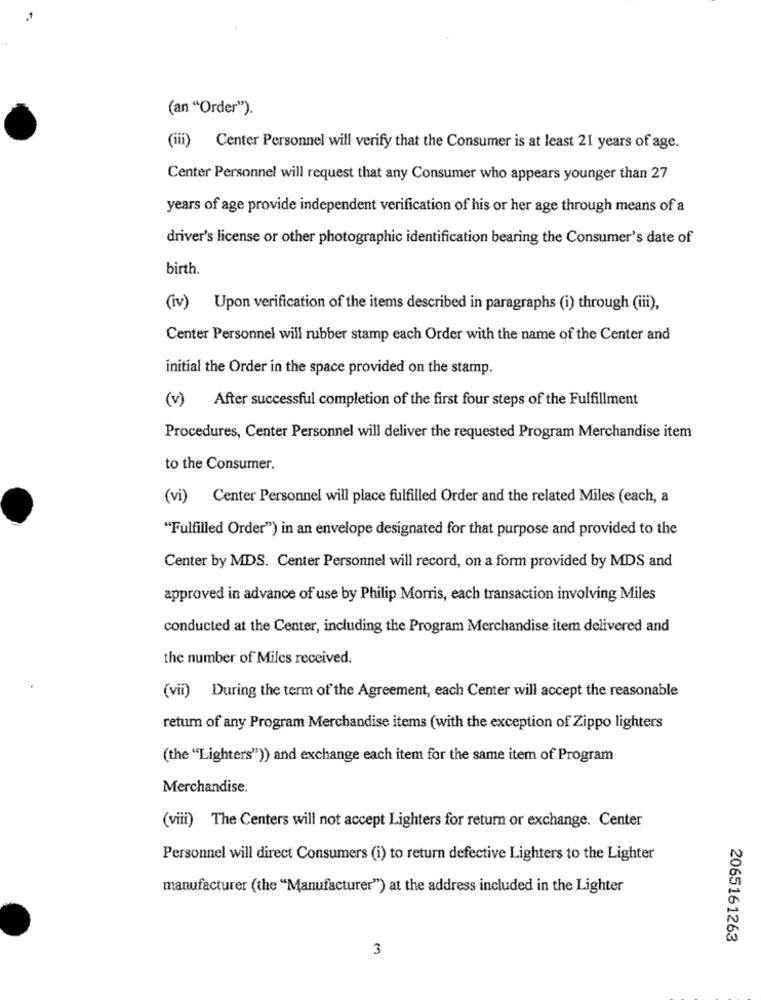
(an "Order").
(iii) Center Personnel will verify that the Consumer is at least 21 years of age.
Center Personnel will request that any Consumer who appears younger than 27
years of age provide independent verification of his or her age through means of a
driver's license or other photographic identification bearing the Consumer's date of
birth.
(iv) Upon verification of the items described in paragraphs (i) through (iii),
Center Personnel will rubber stamp each Order with the name of the Center and
initial the Order in the space provided on the stamp.
(v) After successful completion of the first four steps of the Fulfillment
Procedures, Center Personnel will deliver the requested Program Merchandise item
to the Consumer.
(vi) Center Personnel will place fulfilled Order and the related Miles (each, a
"Fulfilled Order") in an envelope designated for that purpose and provided to the
Center by MDS. Center Personnel will record, on a form provided by MDS and
approved in advance of use by Philip Morris, each transaction involving Miles
conducted at the Center, including the Program Merchandise item delivered and
the number of Miles received.
(vii) During the term of the Agreement, each Center will accept the reasonable
retum of any Program Merchandise items (with the exception of Zippo lighters
(the "Lighters")) and exchange each item for the same item of Program
Merchandise.
(viii) The Centers will not accept Lighters for return or exchange. Center
Personnel will direct Consumers (i) to return defective Lighters to the Lighter
manufacturer (the "Manufacturer") at the address included in the Lighter
2065161263
3